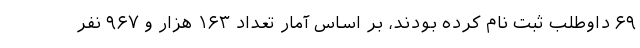
۶۹ داوطلب ثبت نام کرده بودند، بر اساس آمار تعداد ۱۶۳ هزار و ۹۶۷ نفر